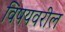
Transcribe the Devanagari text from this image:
विषयवरील